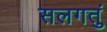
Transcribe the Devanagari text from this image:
सलगतुं